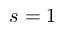
s = 1